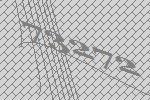
73272